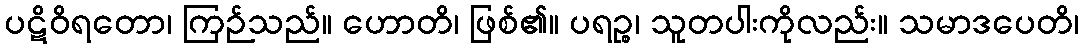
ပဋိဝိရတော၊ ကြဉ်သည်။ ဟောတိ၊ ဖြစ်၏။ ပရဉ္စ၊ သူတပါးကိုလည်း။ သမာဒပေတိ၊